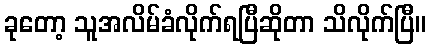
ခုတော့ သူအလိမ်ခံလိုက်ရပြီဆိုတာ သိလိုက်ပြီ။